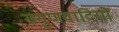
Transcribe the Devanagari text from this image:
सगुणवादियों